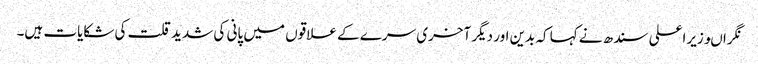
نگراںوزیراعلی سندھ نے کہا کہ بدین اور دیگر آخری سرے کے علاقوں میں پانی کی شدید قلت کی شکایات ہیں۔